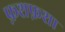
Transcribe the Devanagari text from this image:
फ़शफ़शा